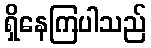
ရှိနေကြပါသည်